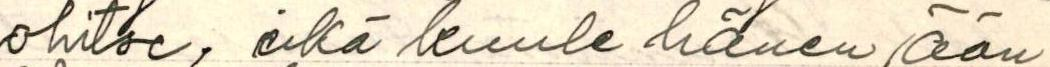
ohitse, eikä kuule hänen ään